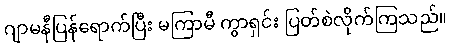
ဂျာမနီပြန်ရောက်ပြီး မကြာမီ ကွာရှင်း ပြတ်စဲလိုက်ကြသည်။